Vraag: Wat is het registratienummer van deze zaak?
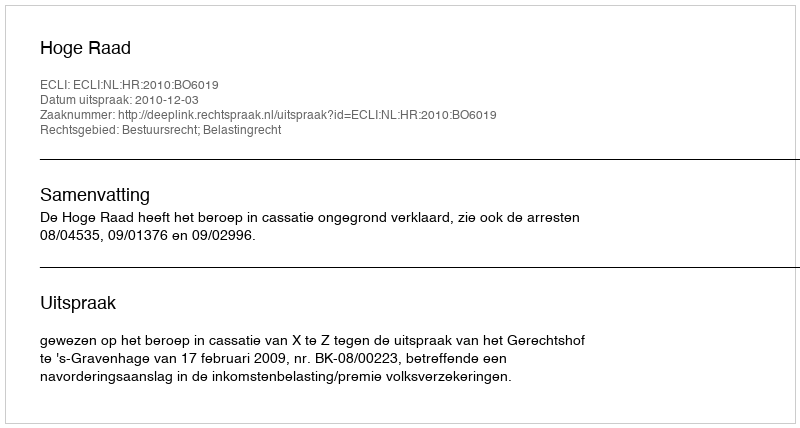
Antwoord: http://deeplink.rechtspraak.nl/uitspraak?id=ECLI:NL:HR:2010:BO6019